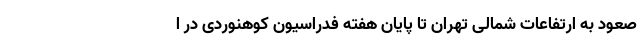
صعود به ارتفاعات شمالی تهران تا پایان هفته فدراسیون کوهنوردی در ا